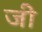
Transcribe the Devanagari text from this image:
जीे